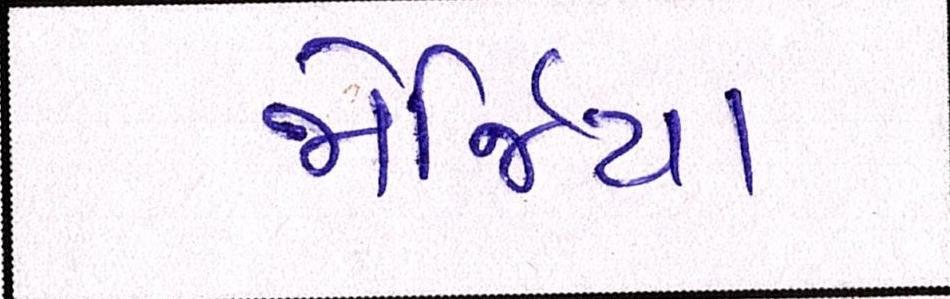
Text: જોર્જિયા